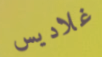
غلاديس